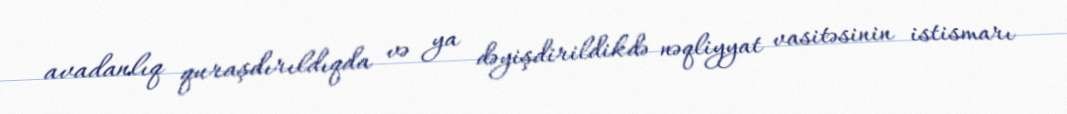
avadanlıq quraşdırıldıqda və ya dəyişdirildikdə nəqliyyat vasitəsinin istismarı